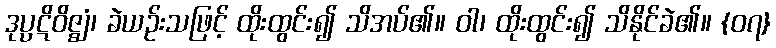
ဒုပ္ပဋိဝိဇ္ဈံ၊ ခဲယဉ်းသဖြင့် ထိုးထွင်း၍ သိအပ်၏။ ဝါ၊ ထိုးထွင်း၍ သိနိုင်ခဲ၏။ {၀၇}